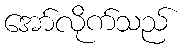
အော်လိုက်သည်